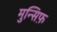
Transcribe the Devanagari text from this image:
मुन्सिफ़